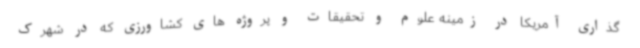
گذاری آمریکا در زمینه علوم و تحقیقات و پروژه های کشاورزی که در شهرک